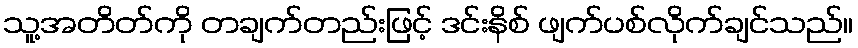
သူ့အတိတ်ကို တချက်တည်းဖြင့် ဒင်းနိစ် ဖျက်ပစ်လိုက်ချင်သည်။